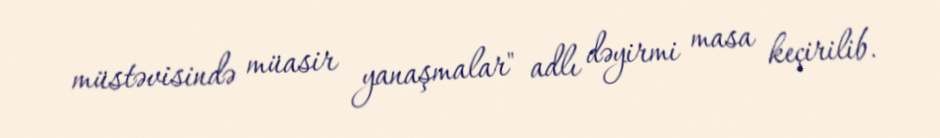
müstəvisində müasir yanaşmalar" adlı dəyirmi masa keçirilib.